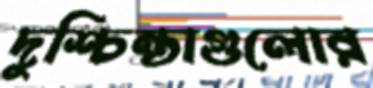
দুশ্চিন্তাগুলোর